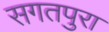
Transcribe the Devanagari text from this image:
सगतपुरा